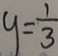
y = \frac { 1 } { 3 }